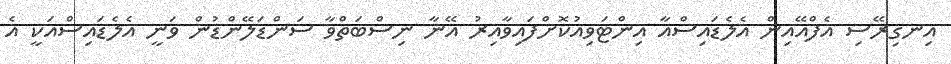
އިނގިރޭސި އެފްއޭއިން އެލެޑައިސްއާ އިންޓަވިއުކޮށްފައިވާއިރު އޭނާ ނިސްބަތްވާ ސަންޑަލޭންޑުން ވަނީ އެލެޑައިސްއަކީ އެ